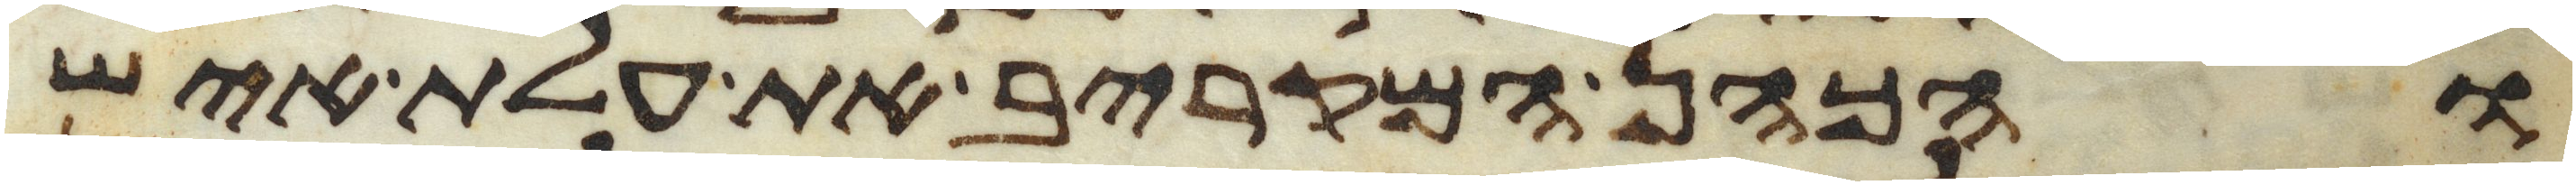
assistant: והכהן המקריב את עלת איש